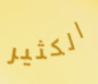
الكثير